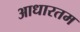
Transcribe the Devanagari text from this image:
आधारतम